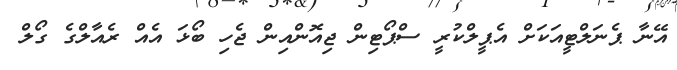
އޭނާ ޕެނަލްޓީއަކަށް އެޕީލްކުރީ ސްޕޯޓިން ޖިއޮންއިން ޖެހި ބޯޅަ އެއް ރެއާލްގެ ގޯލް